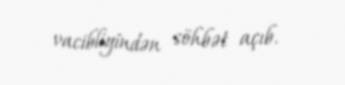
vacibliyindən söhbət açıb.